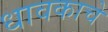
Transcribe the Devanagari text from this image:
धावकाचे